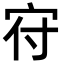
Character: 𡧛